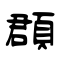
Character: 頵